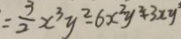
= \frac { 3 } { 2 } x ^ { 3 } y ^ { 2 } - 6 x ^ { 2 } y ^ { 2 } + 3 x y ^ { 2 }